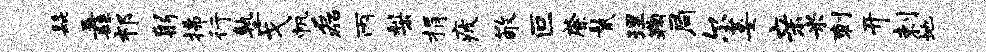
髭纛祁躬拂行塾戈帆磊丙梨捐疲敬叵綮鬣理鞠局尔萎亲米刺开剌地